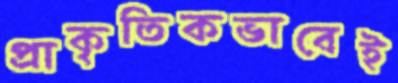
প্রাকৃতিকভাবেই